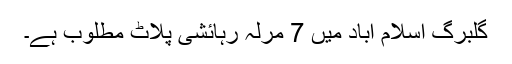
گلبرگ اسلام آباد میں 7 مرلہ رہائشی پلاٹ مطلوب ہے۔